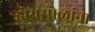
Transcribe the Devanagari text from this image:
होयसोळांना